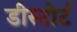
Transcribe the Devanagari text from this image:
डीस्टोर्ट